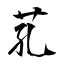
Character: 芤